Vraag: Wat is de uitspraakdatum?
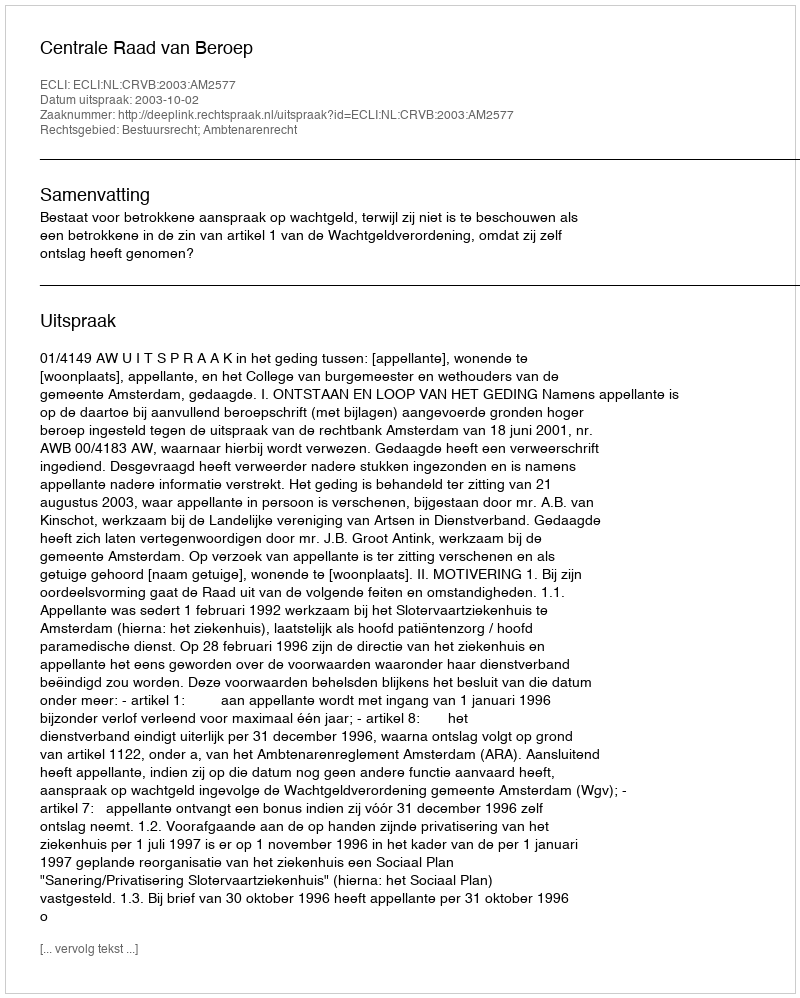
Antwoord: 2003-10-02